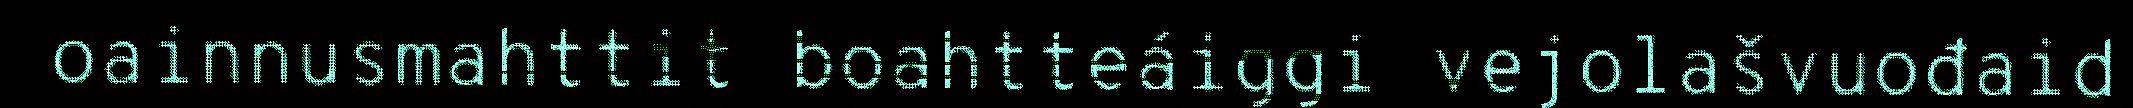
oainnusmahttit boahtteáiggi vejolašvuođaid